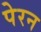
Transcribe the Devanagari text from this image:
पेरन